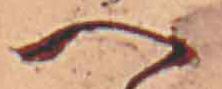
へ